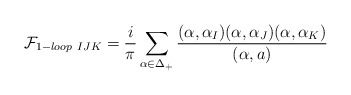
\begin{align*}{\cal F}_{1-loop \ IJK}={i\over \pi}\sum_{\alpha\in\Delta_{+}} {(\alpha,\alpha_{I}) (\alpha,\alpha_{J}) (\alpha,\alpha_{K}) \over (\alpha, a)}\end{align*}